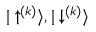
{ | \uparrow ^ { ( k ) } \rangle } , { | \downarrow ^ { ( k ) } \rangle }